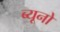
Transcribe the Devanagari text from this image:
ब्यूनो